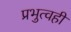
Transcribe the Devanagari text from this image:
प्रभुत्वही